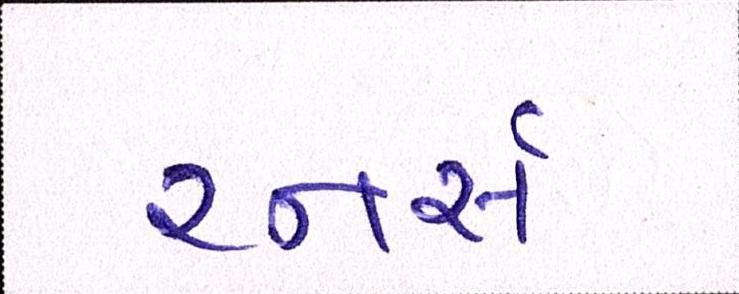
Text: રનર્સ